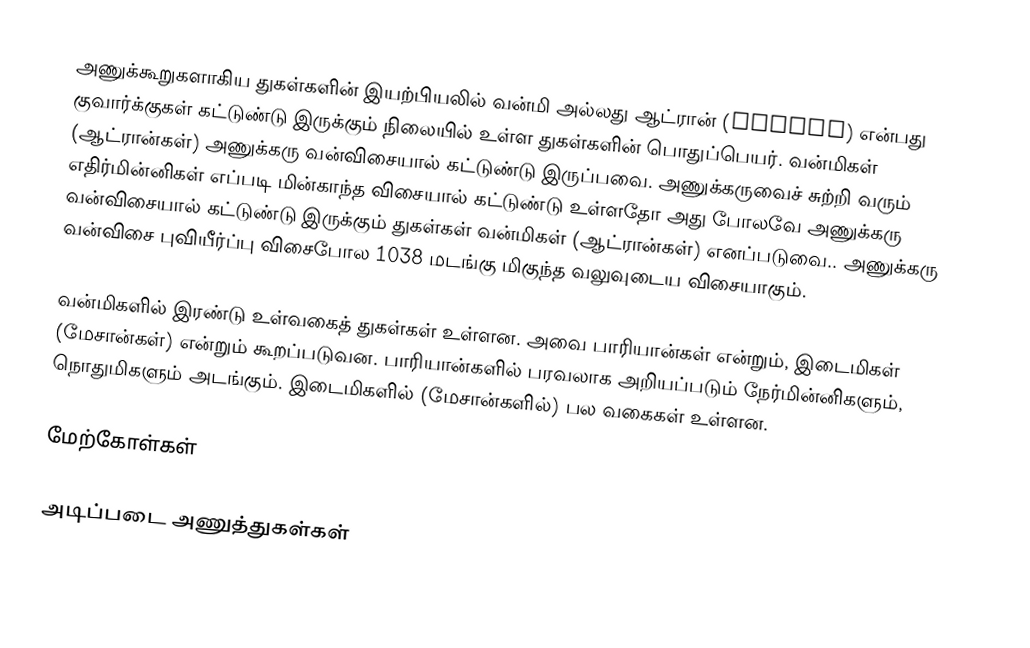
அணுக்கூறுகளாகிய துகள்களின் இயற்பியலில் வன்மி அல்லது ஆட்ரான் (Hadron) என்பது குவார்க்குகள் கட்டுண்டு இருக்கும் நிலையில் உள்ள துகள்களின் பொதுப்பெயர். வன்மிகள் (ஆட்ரான்கள்) அணுக்கரு வன்விசையால் கட்டுண்டு இருப்பவை. அணுக்கருவைச் சுற்றி வரும் எதிர்மின்னிகள் எப்படி மின்காந்த விசையால் கட்டுண்டு உள்ளதோ அது போலவே அணுக்கரு வன்விசையால் கட்டுண்டு இருக்கும் துகள்கள் வன்மிகள் (ஆட்ரான்கள்) எனப்படுவை.. அணுக்கரு வன்விசை புவியீர்ப்பு விசைபோல 1038 மடங்கு மிகுந்த வலுவுடைய விசையாகும்.

வன்மிகளில் இரண்டு உள்வகைத் துகள்கள் உள்ளன. அவை பாரியான்கள் என்றும், இடைமிகள் (மேசான்கள்) என்றும் கூறப்படுவன. பாரியான்களில் பரவலாக அறியப்படும் நேர்மின்னிகளும், நொதுமிகளும் அடங்கும். இடைமிகளில் (மேசான்களில்) பல வகைகள் உள்ளன.

மேற்கோள்கள்

அடிப்படை அணுத்துகள்கள்